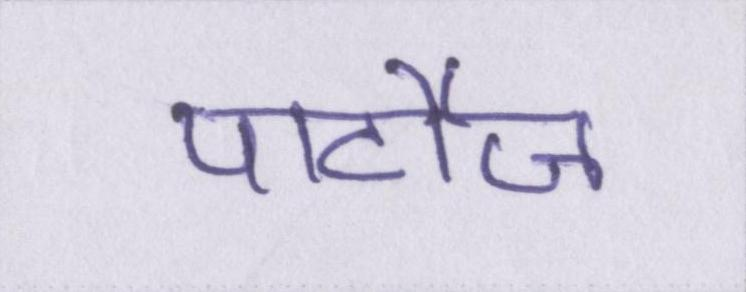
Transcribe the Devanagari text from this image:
पार्टीज